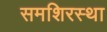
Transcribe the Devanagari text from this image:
समशिरस्था